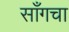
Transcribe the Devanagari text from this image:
साँगचा